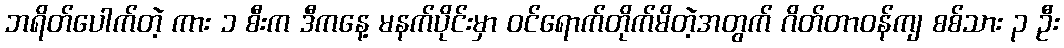
ဘရိတ်ပေါက်တဲ့ ကား ၁ စီးက ဒီကနေ့ မနက်ပိုင်းမှာ ဝင်ရောက်တိုက်မိတဲ့အတွက် ဂိတ်တာဝန်ကျ စစ်သား ၃ ဦး